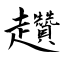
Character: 趲